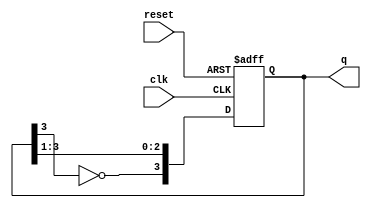
module ring_johnson_counter #(
    parameter n = 4  // Number of flip-flops (bits)
)(
    input wire clk,       // Clock input
    input wire reset,     // Asynchronous reset
    output reg [n-1:0] q  // Counter output
);

// Internal signal for feedback
wire feedback;

// Feedback logic: Inverted output of the last flip-flop
assign feedback = ~q[n-1];

// Sequential logic for the Johnson counter
always @(posedge clk or posedge reset) begin
    if (reset) begin
        // Initialize the counter to all zeros
        q <= 0;
    end else begin
        // Shift the values and apply feedback
        q <= {feedback, q[n-1:1]};
    end
end

endmodule